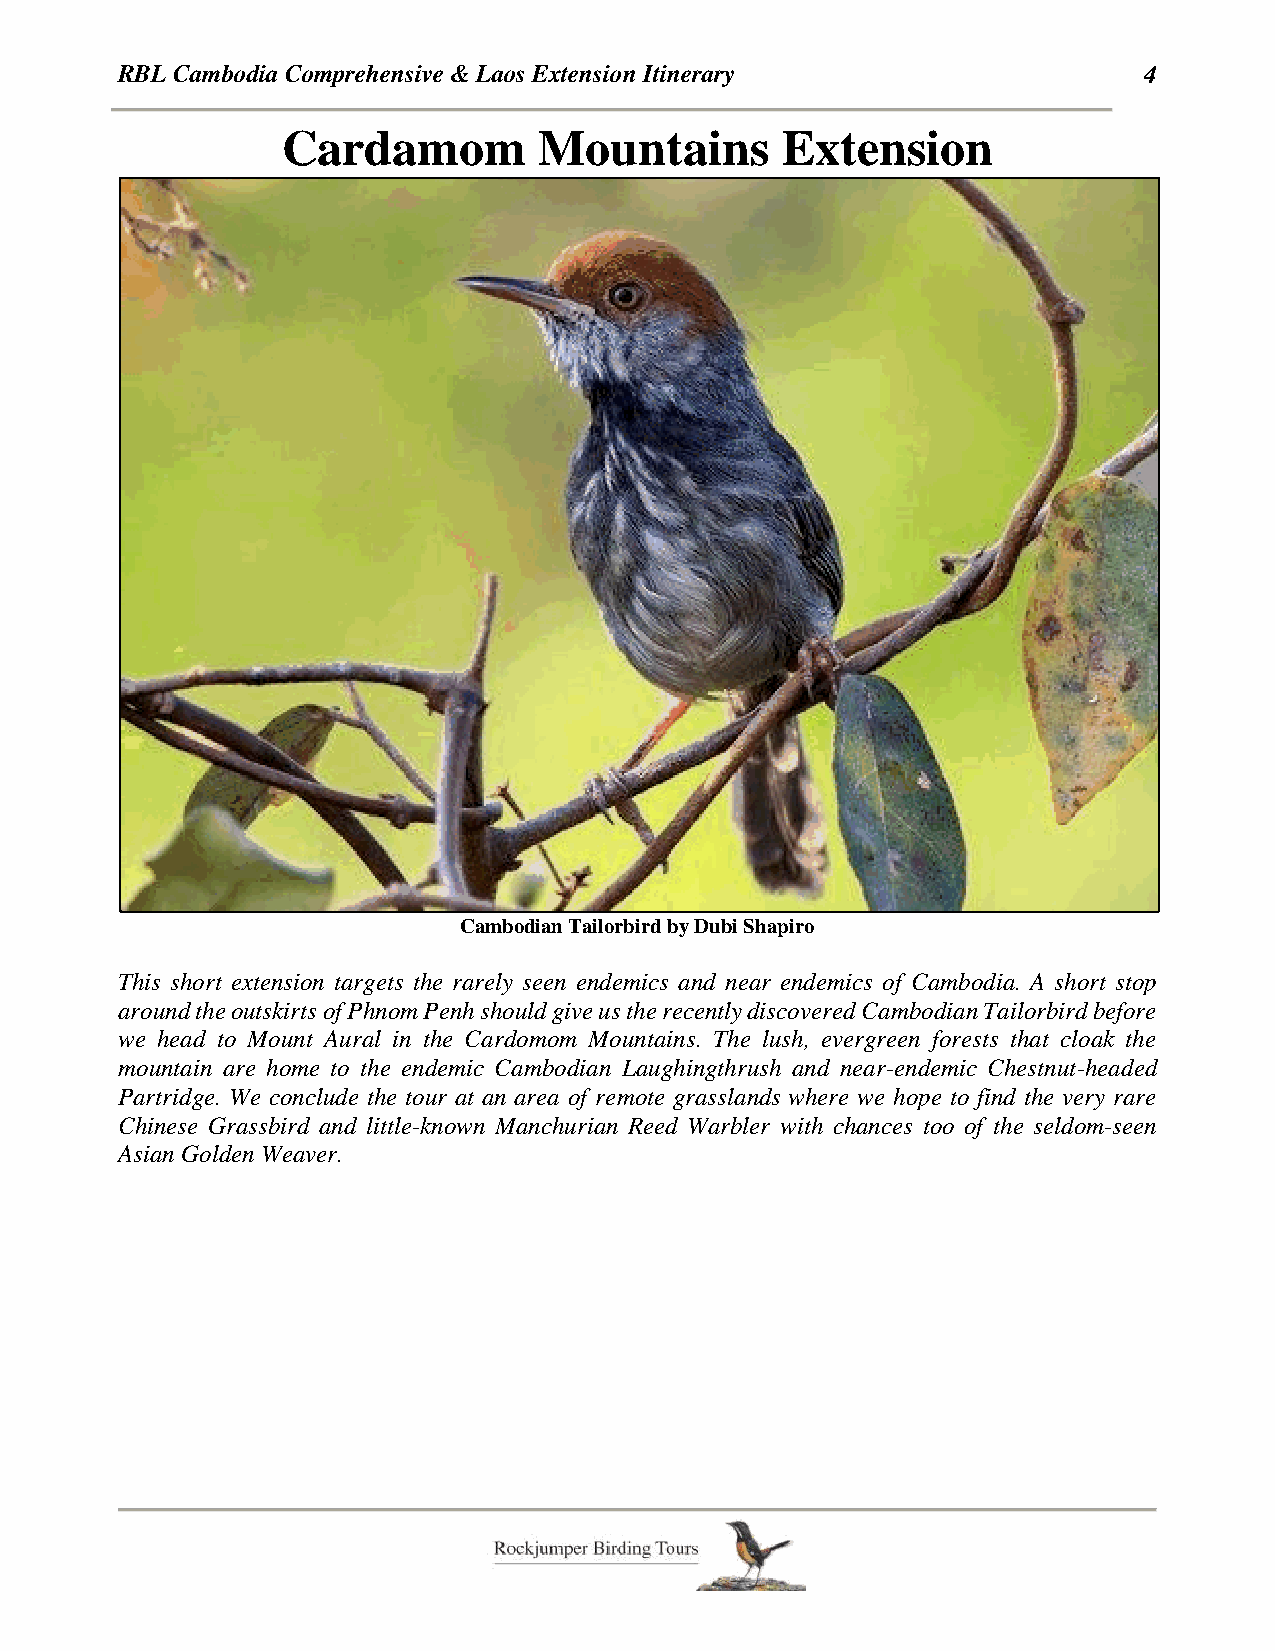
RBL Cambodia Comprehensive & Laos Extension Itinerary               4
 Cardamom         Mountains       Extension
 Cambodian Tailorbird by Dubi Shapiro
 This short extension targets the rarely seen endemics and near endemics of Cambodia. A short stop
 around the outskirts of Phnom Penh should give us the recently discovered Cambodian Tailorbird before
 we head to Mount Aural in the Cardomom Mountains. The lush, evergreen forests that cloak the
 mountain are home to the endemic Cambodian Laughingthrush and near-endemic Chestnut-headed
 Partridge. We conclude the tour at an area of remote grasslands where we hope to find the very rare
 Chinese Grassbird and little-known Manchurian Reed Warbler with chances too of the seldom-seen
 Asian Golden Weaver.